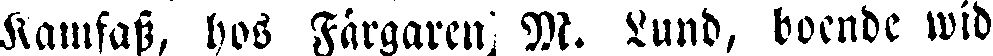
Kamsass, hos Färgaren M. Lund, boende wid